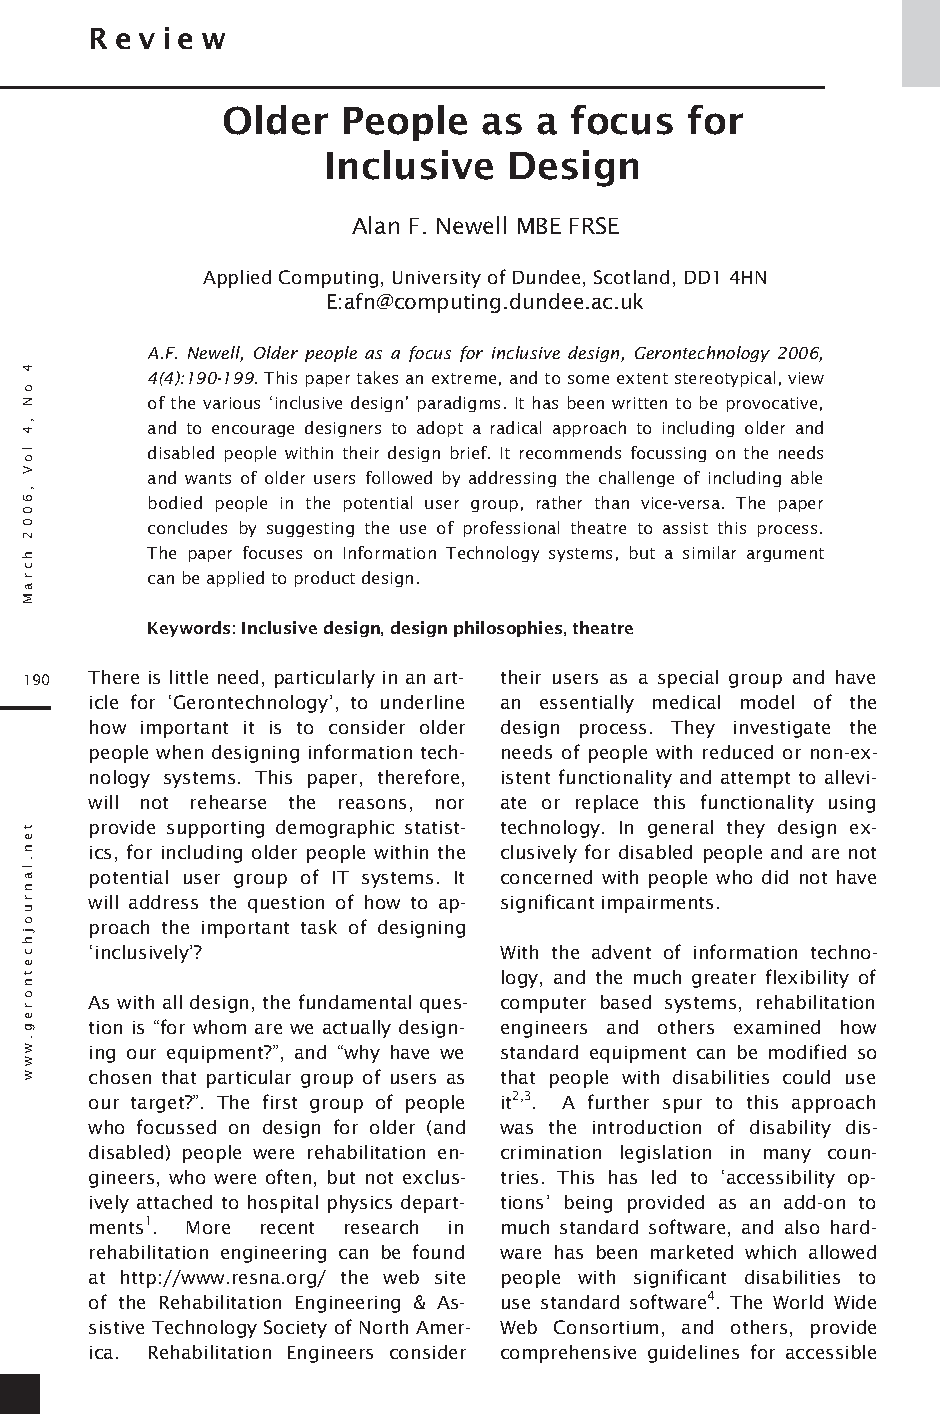
R e vie w
 O lde r Pe ople  as a  focus  for
 Inclusive    D e sign
 Alan F. Newell MBE FRSE
 Applied Computing, University of Dundee, Scotland, DD1 4H N
 E:afn@com puting.dundee.ac.uk
 A.F. Newell, Older people as a focus for inclusive design, Gerontechnology 2006,
 4(4):190-199. This paper takes an extreme, and to some extent stereotypical, view
 of the various ‘inclusive design’ paradigms. It has been written to be provocative,
 and to encourage designers to adopt a radical approach to including older and
 disabled people within their design brief. It recommends focussing on the needs
 and wants of older users followed by addressing the challenge of including able
 bodied people in the potential user group, rather than vice-versa. The paper
 concludes by suggesting the use of professional theatre to assist this process.
 The paper focuses on Information Technology systems, but a similar argument
 can be applied to product design.
 Keywords: Inclusive design, design philosophies, theatre
 190  There is little need, particularly in an art- their users as a special group and have
 icle for ‘Gerontechnology’, to underline an essentially medical model of the
 how important it is to consider older design process. They investigate the
 people when designing information tech- needs of people with reduced or non-ex-
 nology systems. This paper, therefore, istent functionality and attempt to allevi-
 will not rehearse the reasons, nor ate or replace this functionality using
 provide supporting demographic statist- technology. In general they design ex-
 ics, for including older people within the clusively for disabled people and are not
 potential user group of IT systems. It concerned with people who did not have
 will address the question of how to ap- significant impairments.
 proach the important task of designing
 ‘inclusively’?             With the advent of information techno-
 logy, and the much greater flexibility of
 As with all design, the fundamental ques- computer based systems, rehabilitation
 tion is “for whom are we actually design- engineers and others examined how
 ing our equipment?”, and “why have we standard equipment can be modified so
 chosen that particular group of users as that people with disabilities could use
 our target?”. The first group of people it2,3. A further spur to this approach
 who focussed on design for older (and was the introduction of disability dis-
 disabled) people were rehabilitation en- crimination legislation in many coun-
 gineers, who were often, but not exclus- tries. This has led to ‘accessibility op-
 ively attached to hospital physics depart- tions’ being provided as an add-on to
 ments1. More recent research in much standard software, and also hard-
 rehabilitation engineering can be found ware has been marketed which allowed
 at http://www.resna.org/ the web site people with significant disabilities to
 of the Rehabilitation Engineering & As- use standard software4. The World Wide
 sistive Technology Society of North Amer- Web Consortium, and others, provide
 ica. Rehabilitation Engineers consider comprehensive guidelines for accessible
 4
 oN
 ,4
 loV
 ,6002
 hcraM
 t
 en.lanruoj
 hc
 etnor
 eg.www